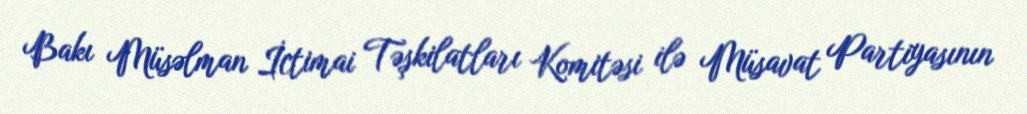
Bakı Müsəlman İctimai Təşkilatları Komitəsi ilə Müsavat Partiyasının